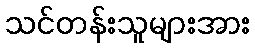
သင်တန်းသူများအား